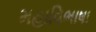
મહાવિભાષા